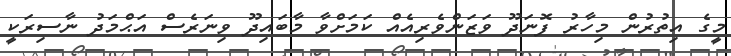
މީގެ އިތުރުން މިހާރު ފޮނަދޫ ވަޒަންވެރިއެއް ކަމަށްވާ މާބައިދޫ ވިނަރެސް އަޙްމަދު ނާސިރަކީ